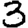
Digit: 3